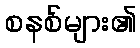
စနစ်များ၏